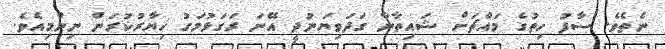
ނެތެވެ. ސާފު ހިތުގެ މައްޗަށް ޝައިތާނާ ގަދަވިޔަނުދީ އޭނަ ރަގަޅުމަގު ޚިޔާރުކުރަން ނިންމިއެވެ.